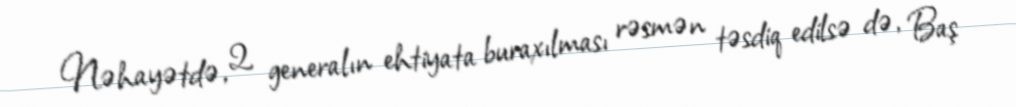
Nəhayətdə, 2 generalın ehtiyata buraxılması rəsmən təsdiq edilsə də, Baş